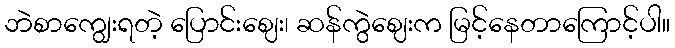
ဘဲစာကျွေးရတဲ့ ပြောင်းဈေး၊ ဆန်ကွဲဈေးက မြင့်နေတာကြောင့်ပါ။